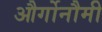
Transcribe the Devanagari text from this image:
और्गोनौमी